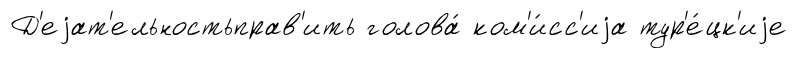
Д'еjат'ельностьправ'ить голова́ ком'и́сс'иjа тур'е́цк'иjе